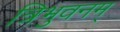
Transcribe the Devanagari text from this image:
त्रिभुवनम्